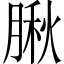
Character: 䐐